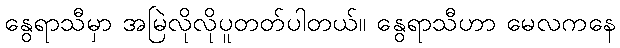
နွေရာသီမှာ အမြဲလိုလိုပူတတ်ပါတယ်။ နွေရာသီဟာ မေလကနေ